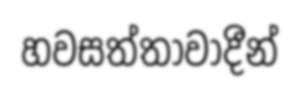
හවසත්තාවාදීන්